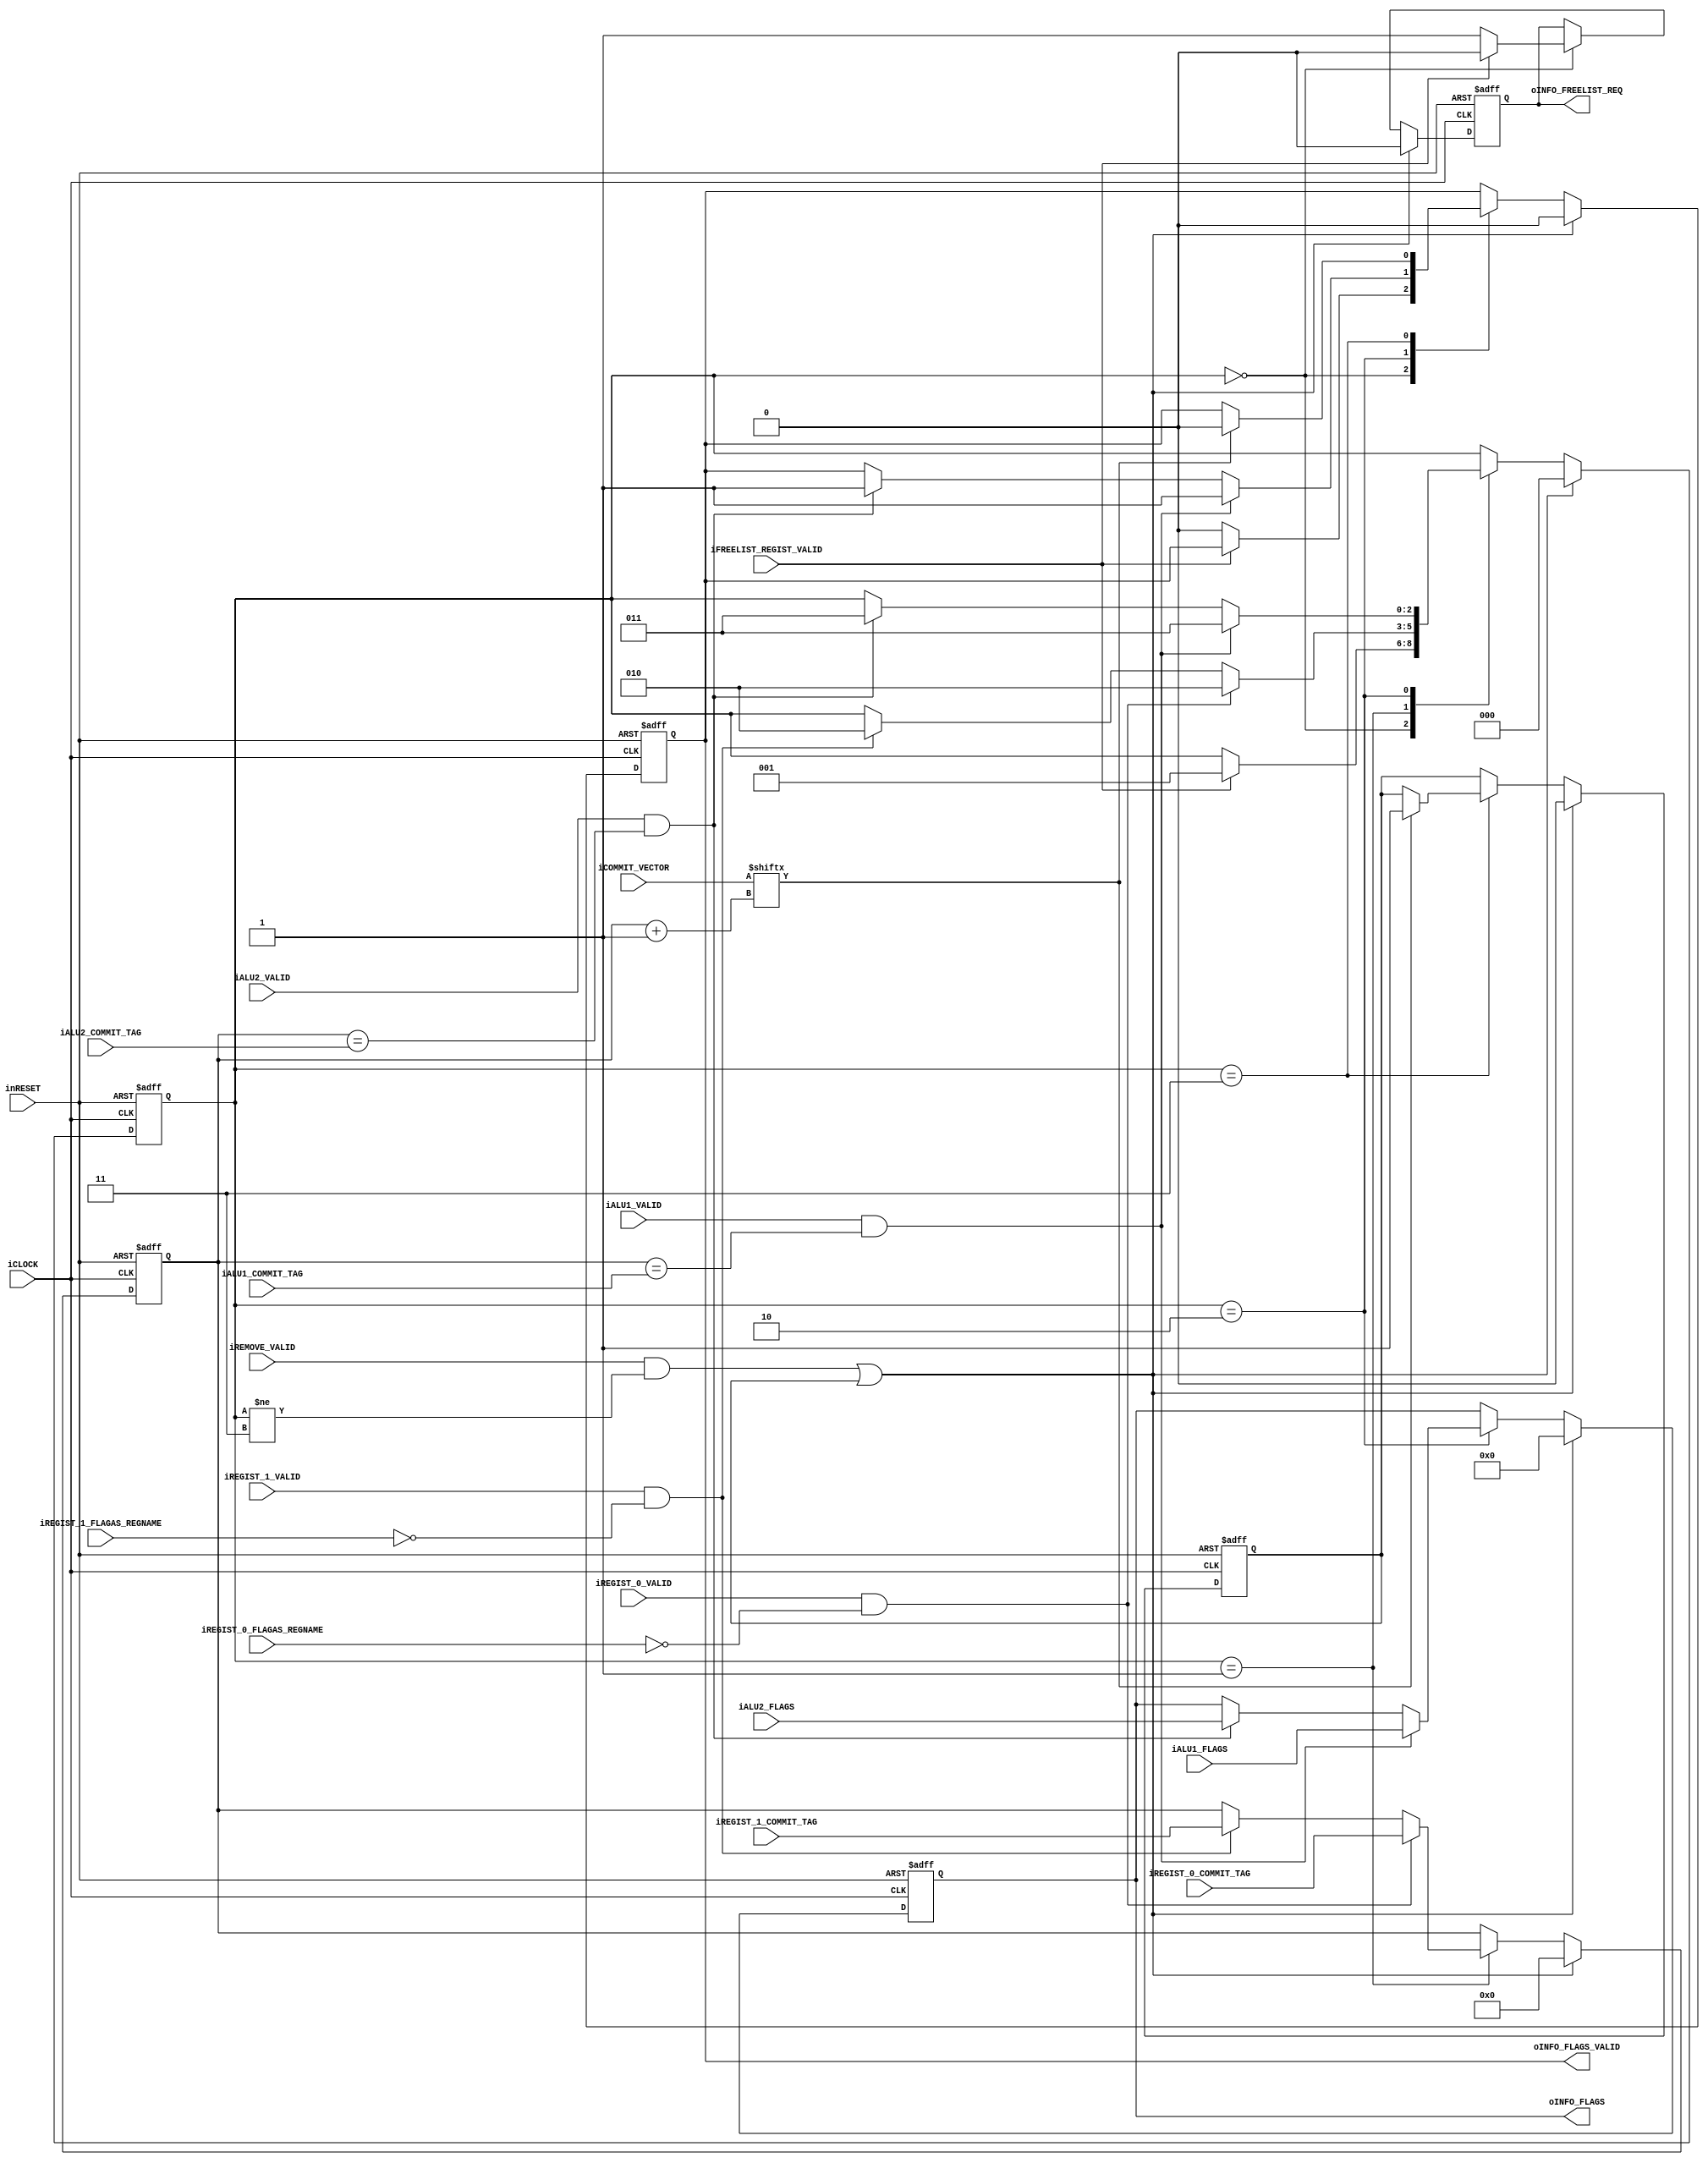
module flag_rename_management #(
		parameter ENTRY_ID = 4'h0
	)(
		//System
		input wire iCLOCK,
		input wire inRESET,
		//Remove
		input wire iREMOVE_VALID,
		//Commit Vector
		input wire [63:0] iCOMMIT_VECTOR,
		//Regist
		input wire iREGIST_0_VALID,
		input wire [3:0] iREGIST_0_FLAGAS_REGNAME,
		input wire [5:0] iREGIST_0_COMMIT_TAG,		
		input wire iREGIST_1_VALID,
		input wire [3:0] iREGIST_1_FLAGAS_REGNAME,
		input wire [5:0] iREGIST_1_COMMIT_TAG,			
		//EXEND
		//input wire iEXEND_BRANCH_VALID,
		//input wire [5:0] iEXEND_BRANCH_COMMIT_TAG,		
		//Common Data Bus CDB(CH1)
		input wire iALU1_VALID,
		input wire [5:0] iALU1_COMMIT_TAG,
		input wire [4:0] iALU1_FLAGS,
		//Common Data Bus CDB(CH2)
		input wire iALU2_VALID,	
		input wire [5:0] iALU2_COMMIT_TAG,		
		input wire [4:0] iALU2_FLAGS,
		//Free List Valid
		input wire iFREELIST_REGIST_VALID,
		//INFO
		output wire oINFO_FREELIST_REQ,
		output wire oINFO_FLAGS_VALID,
		output wire [4:0] oINFO_FLAGS
	);
	

				
	reg [2:0] b_state;
	reg b_reset;
	reg b_freelist_req;
	reg b_flag_valid;
	reg [5:0] b_commit_tag;
	reg [4:0] b_flags;
	
	wire [5:0] w_commit_wait_check_vector;
	assign w_commit_wait_check_vector = b_commit_tag+6'h1;

	always@(posedge iCLOCK or negedge inRESET)begin
		if(!inRESET)begin
			b_state <= 3'h0;
			b_reset <= 1'b0;
			b_freelist_req <= 1'b0;
			b_flag_valid <= 1'b0;
			b_commit_tag <= 6'h00;
			b_flags <= 5'h00;
		end
		else if((iREMOVE_VALID && b_state != 3'h3) || b_reset)begin
			b_state <= 3'h0;
			b_reset <= 1'b0;
			b_freelist_req <= 1'b0;
			b_flag_valid <= 1'b0;
			b_commit_tag <= 6'h00;
			b_flags <= 5'h00;
		end
		else begin
			case(b_state)
				3'h0 :		//Free List Regist Wait
					begin
						if(iFREELIST_REGIST_VALID)begin
							b_state <= 3'h1;
							b_freelist_req <= 1'b0;
						end
						else begin
							b_freelist_req <= 1'b1;
							b_flag_valid <= 1'b0;
						end
					end
				3'h1 : 		//Entry Regist Wait
					begin
						if(iREGIST_0_VALID && ENTRY_ID == iREGIST_0_FLAGAS_REGNAME)begin
							b_state <= 3'h2;
							b_commit_tag <= iREGIST_0_COMMIT_TAG;
						end
						else if(iREGIST_1_VALID && ENTRY_ID == iREGIST_1_FLAGAS_REGNAME)begin
							b_state <= 3'h2;
							b_commit_tag <= iREGIST_1_COMMIT_TAG;
						end
					end
				3'h2 : 		//Get Flag Wait
					begin
						//CMP Exeenc Wait
						if(iALU1_VALID && b_commit_tag == iALU1_COMMIT_TAG)begin
							//Commit Check
							b_state <= 3'h3;
							b_flags <= iALU1_FLAGS;
							b_flag_valid <= 1'b1;
						end
						else if(iALU2_VALID && b_commit_tag == iALU2_COMMIT_TAG)begin
							b_state <= 3'h3;
							b_flags <= iALU2_FLAGS;
							b_flag_valid <= 1'b1;
						end		
					end
				3'h3:		//Commit Wait
					begin
						if(iCOMMIT_VECTOR[w_commit_wait_check_vector])begin
							b_flag_valid <= 1'b0;
							b_reset <= 1'b1;
						end
					end
			endcase
		end
	end //always
	
	
	assign oINFO_FREELIST_REQ = b_freelist_req;
	assign oINFO_FLAGS_VALID = b_flag_valid;//(b_state == 3'h2 || b_state == 3'h3)? 1'b1 : 1'b0;
	assign oINFO_FLAGS = b_flags;

	
endmodule